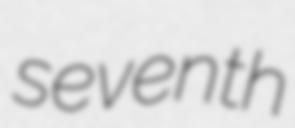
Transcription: seventh